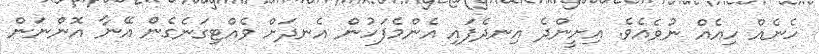
ހެނެއް ހިއެއް ނުވެއެވެ. އިށީންދެ އިނދެފައި އެންމެފަހުން އެނދަށް ވެއްޓިގަނެގެން އޭނާ އޮންނަން